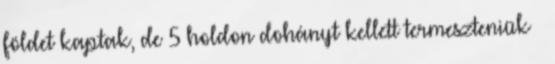
földet kaptak, de 5 holdon dohányt kellett termeszteniük –